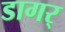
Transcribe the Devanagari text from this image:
डागर्